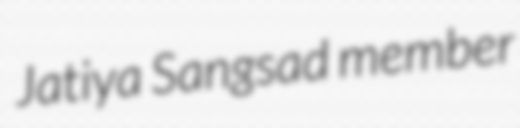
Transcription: Jatiya Sangsad member